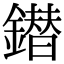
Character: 鐟